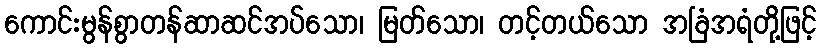
ကောင်းမွန်စွာတန်ဆာဆင်အပ်သော၊ မြတ်သော၊ တင့်တယ်သော အခြံအရံတို့ဖြင့်